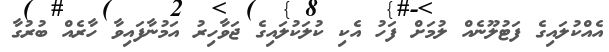
އެއްކުލައިގެ ފަޓުލޫނެއް ލުމަށް ފަހު އެކި ކުލަކުލައިގެ ޖަވާހިރު އަމުނާފައިވާ ހާރެއް ބުރުގާ